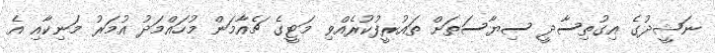
ނަޝީދުގެ އިގުތިސާދީ ސިޔާސަތަށް ތައުރީފުކުރެއްވި މަޓީގެ ޗެއާމަން މުހައްމަދު އުމަރު މަނިކާއި އެ